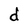
Character: d